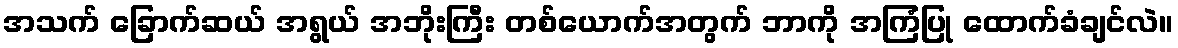
အသက် ခြောက်ဆယ် အရွယ် အဘိုးကြီး တစ်ယောက်အတွက် ဘာကို အကြံပြု ထောက်ခံချင်လဲ။